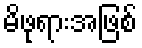
မိဖုရားအဖြစ်